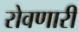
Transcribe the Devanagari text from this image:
रोवणारी